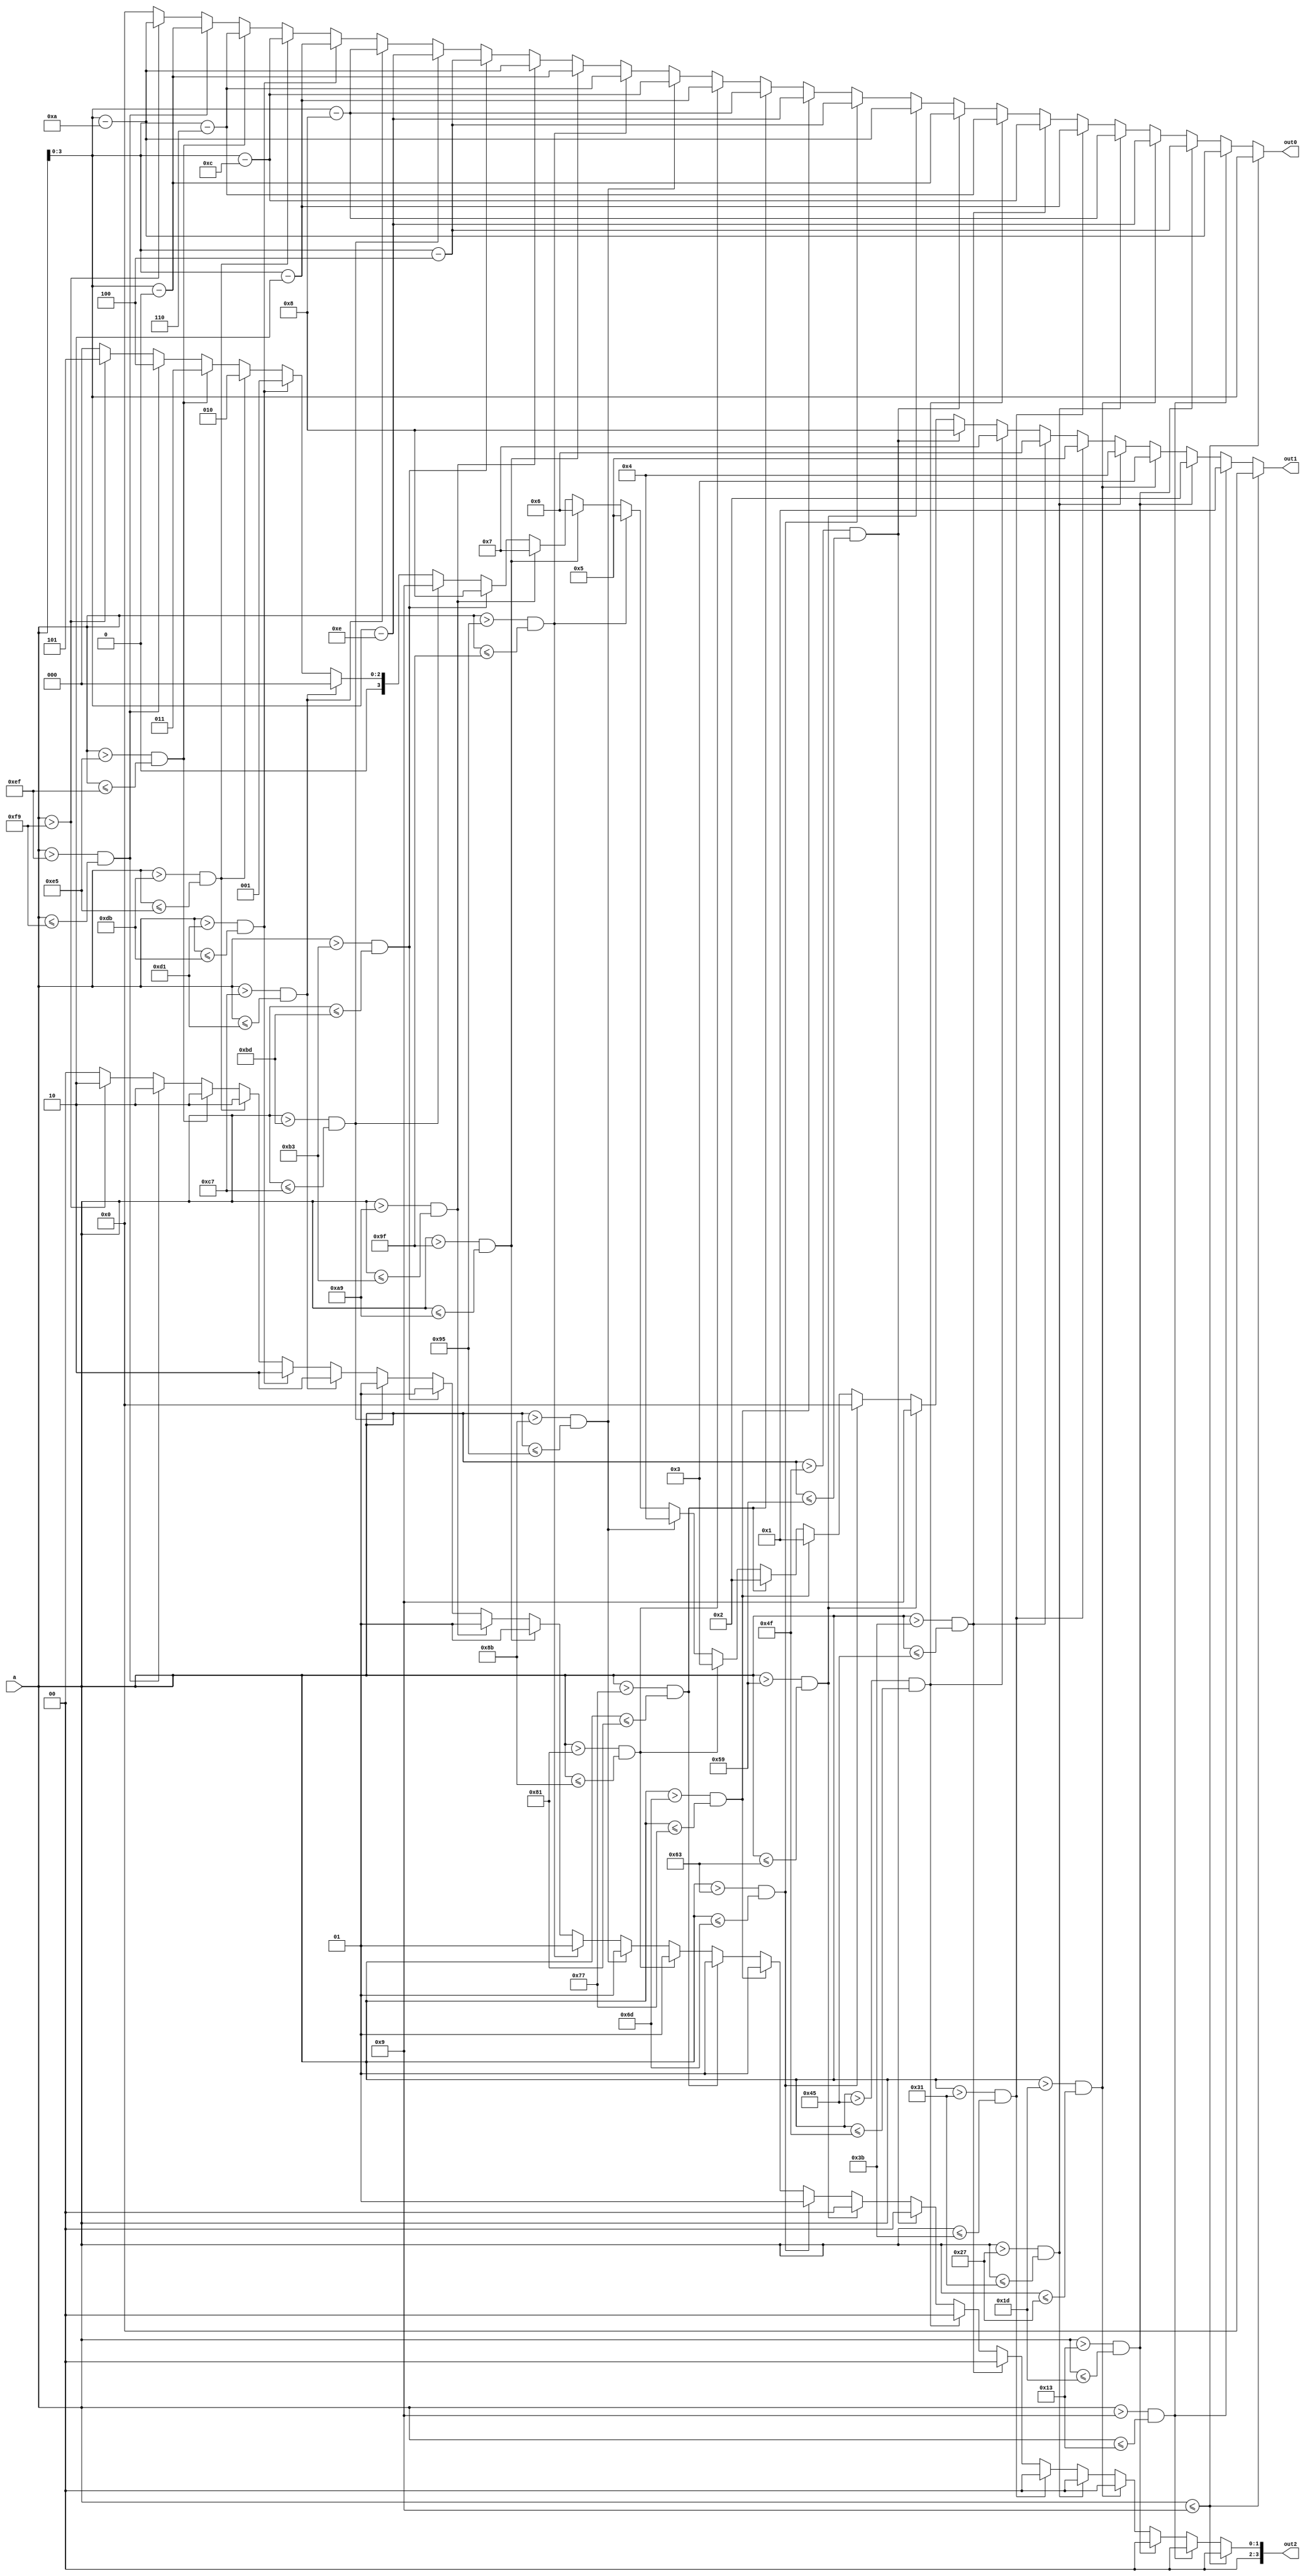
module decimal3_4 (
    input [7:0] a,
    output reg [3:0] out2,
    output reg [3:0] out1,
    output reg [3:0] out0
  );
  
  
  
  always @* begin
    if (a <= 4'h9) begin
      out2 = 4'h0;
      out1 = 4'h0;
      out0 = a[0+3-:4];
    end else begin
      if (a > 4'h9 && a <= 5'h13) begin
        out2 = 4'h0;
        out1 = 4'h1;
        out0 = a - 4'ha;
      end else begin
        if (a > 5'h13 && a <= 5'h1d) begin
          out2 = 4'h0;
          out1 = 4'h2;
          out0 = a - 5'h14;
        end else begin
          if (a > 5'h1d && a <= 6'h27) begin
            out2 = 4'h0;
            out1 = 4'h3;
            out0 = a - 5'h1e;
          end else begin
            if (a > 6'h27 && a <= 6'h31) begin
              out2 = 4'h0;
              out1 = 4'h4;
              out0 = a - 6'h28;
            end else begin
              if (a > 6'h31 && a <= 6'h3b) begin
                out2 = 4'h0;
                out1 = 4'h5;
                out0 = a - 6'h32;
              end else begin
                if (a > 6'h3b && a <= 7'h45) begin
                  out2 = 4'h0;
                  out1 = 4'h6;
                  out0 = a - 6'h3c;
                end else begin
                  if (a > 7'h45 && a <= 7'h4f) begin
                    out2 = 4'h0;
                    out1 = 4'h7;
                    out0 = a - 7'h46;
                  end else begin
                    if (a > 7'h4f && a <= 7'h59) begin
                      out2 = 4'h0;
                      out1 = 4'h8;
                      out0 = a - 7'h50;
                    end else begin
                      if (a > 7'h59 && a <= 7'h63) begin
                        out2 = 4'h0;
                        out1 = 4'h9;
                        out0 = a - 7'h5a;
                      end else begin
                        if (a > 7'h63 && a <= 7'h6d) begin
                          out2 = 4'h1;
                          out1 = 4'h0;
                          out0 = a - 7'h64;
                        end else begin
                          if (a > 7'h6d && a <= 7'h77) begin
                            out2 = 4'h1;
                            out1 = 4'h1;
                            out0 = a - 7'h6e;
                          end else begin
                            if (a > 7'h77 && a <= 8'h81) begin
                              out2 = 4'h1;
                              out1 = 4'h2;
                              out0 = a - 7'h78;
                            end else begin
                              if (a > 8'h81 && a <= 8'h8b) begin
                                out2 = 4'h1;
                                out1 = 4'h3;
                                out0 = a - 8'h82;
                              end else begin
                                if (a > 8'h8b && a <= 8'h95) begin
                                  out2 = 4'h1;
                                  out1 = 4'h4;
                                  out0 = a - 8'h8c;
                                end else begin
                                  if (a > 8'h95 && a <= 8'h9f) begin
                                    out2 = 4'h1;
                                    out1 = 4'h5;
                                    out0 = a - 8'h96;
                                  end else begin
                                    if (a > 8'h9f && a <= 8'ha9) begin
                                      out2 = 4'h1;
                                      out1 = 4'h6;
                                      out0 = a - 8'ha0;
                                    end else begin
                                      if (a > 8'ha9 && a <= 8'hb3) begin
                                        out2 = 4'h1;
                                        out1 = 4'h7;
                                        out0 = a - 8'haa;
                                      end else begin
                                        if (a > 8'hb3 && a <= 8'hbd) begin
                                          out2 = 4'h1;
                                          out1 = 4'h8;
                                          out0 = a - 8'hb4;
                                        end else begin
                                          if (a > 8'hbd && a <= 8'hc7) begin
                                            out2 = 4'h1;
                                            out1 = 4'h9;
                                            out0 = a - 8'hbe;
                                          end else begin
                                            if (a > 8'hc7 && a <= 8'hd1) begin
                                              out2 = 4'h2;
                                              out1 = 4'h0;
                                              out0 = a - 8'hc8;
                                            end else begin
                                              if (a > 8'hd1 && a <= 8'hdb) begin
                                                out2 = 4'h2;
                                                out1 = 4'h1;
                                                out0 = a - 8'hd2;
                                              end else begin
                                                if (a > 8'hdb && a <= 8'he5) begin
                                                  out2 = 4'h2;
                                                  out1 = 4'h2;
                                                  out0 = a - 8'hdc;
                                                end else begin
                                                  if (a > 8'he5 && a <= 8'hef) begin
                                                    out2 = 4'h2;
                                                    out1 = 4'h3;
                                                    out0 = a - 8'he6;
                                                  end else begin
                                                    if (a > 8'hef && a <= 8'hf9) begin
                                                      out2 = 4'h2;
                                                      out1 = 4'h4;
                                                      out0 = a - 8'hf0;
                                                    end else begin
                                                      if (a > 8'hf9) begin
                                                        out2 = 4'h2;
                                                        out1 = 4'h5;
                                                        out0 = a - 8'hfa;
                                                      end else begin
                                                        out2 = 1'h0;
                                                        out1 = 1'h0;
                                                        out0 = 1'h0;
                                                      end
                                                    end
                                                  end
                                                end
                                              end
                                            end
                                          end
                                        end
                                      end
                                    end
                                  end
                                end
                              end
                            end
                          end
                        end
                      end
                    end
                  end
                end
              end
            end
          end
        end
      end
    end
  end
endmodule